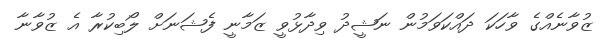
ޒުވާނެއްގެ ވާހަކަ ދައްކަވަމުން ނަޝީދު ވިދާޅުވީ ޒަމާނީ ފެޝަނަށް ލޯބިކުރާ އެ ޒުވާނާ